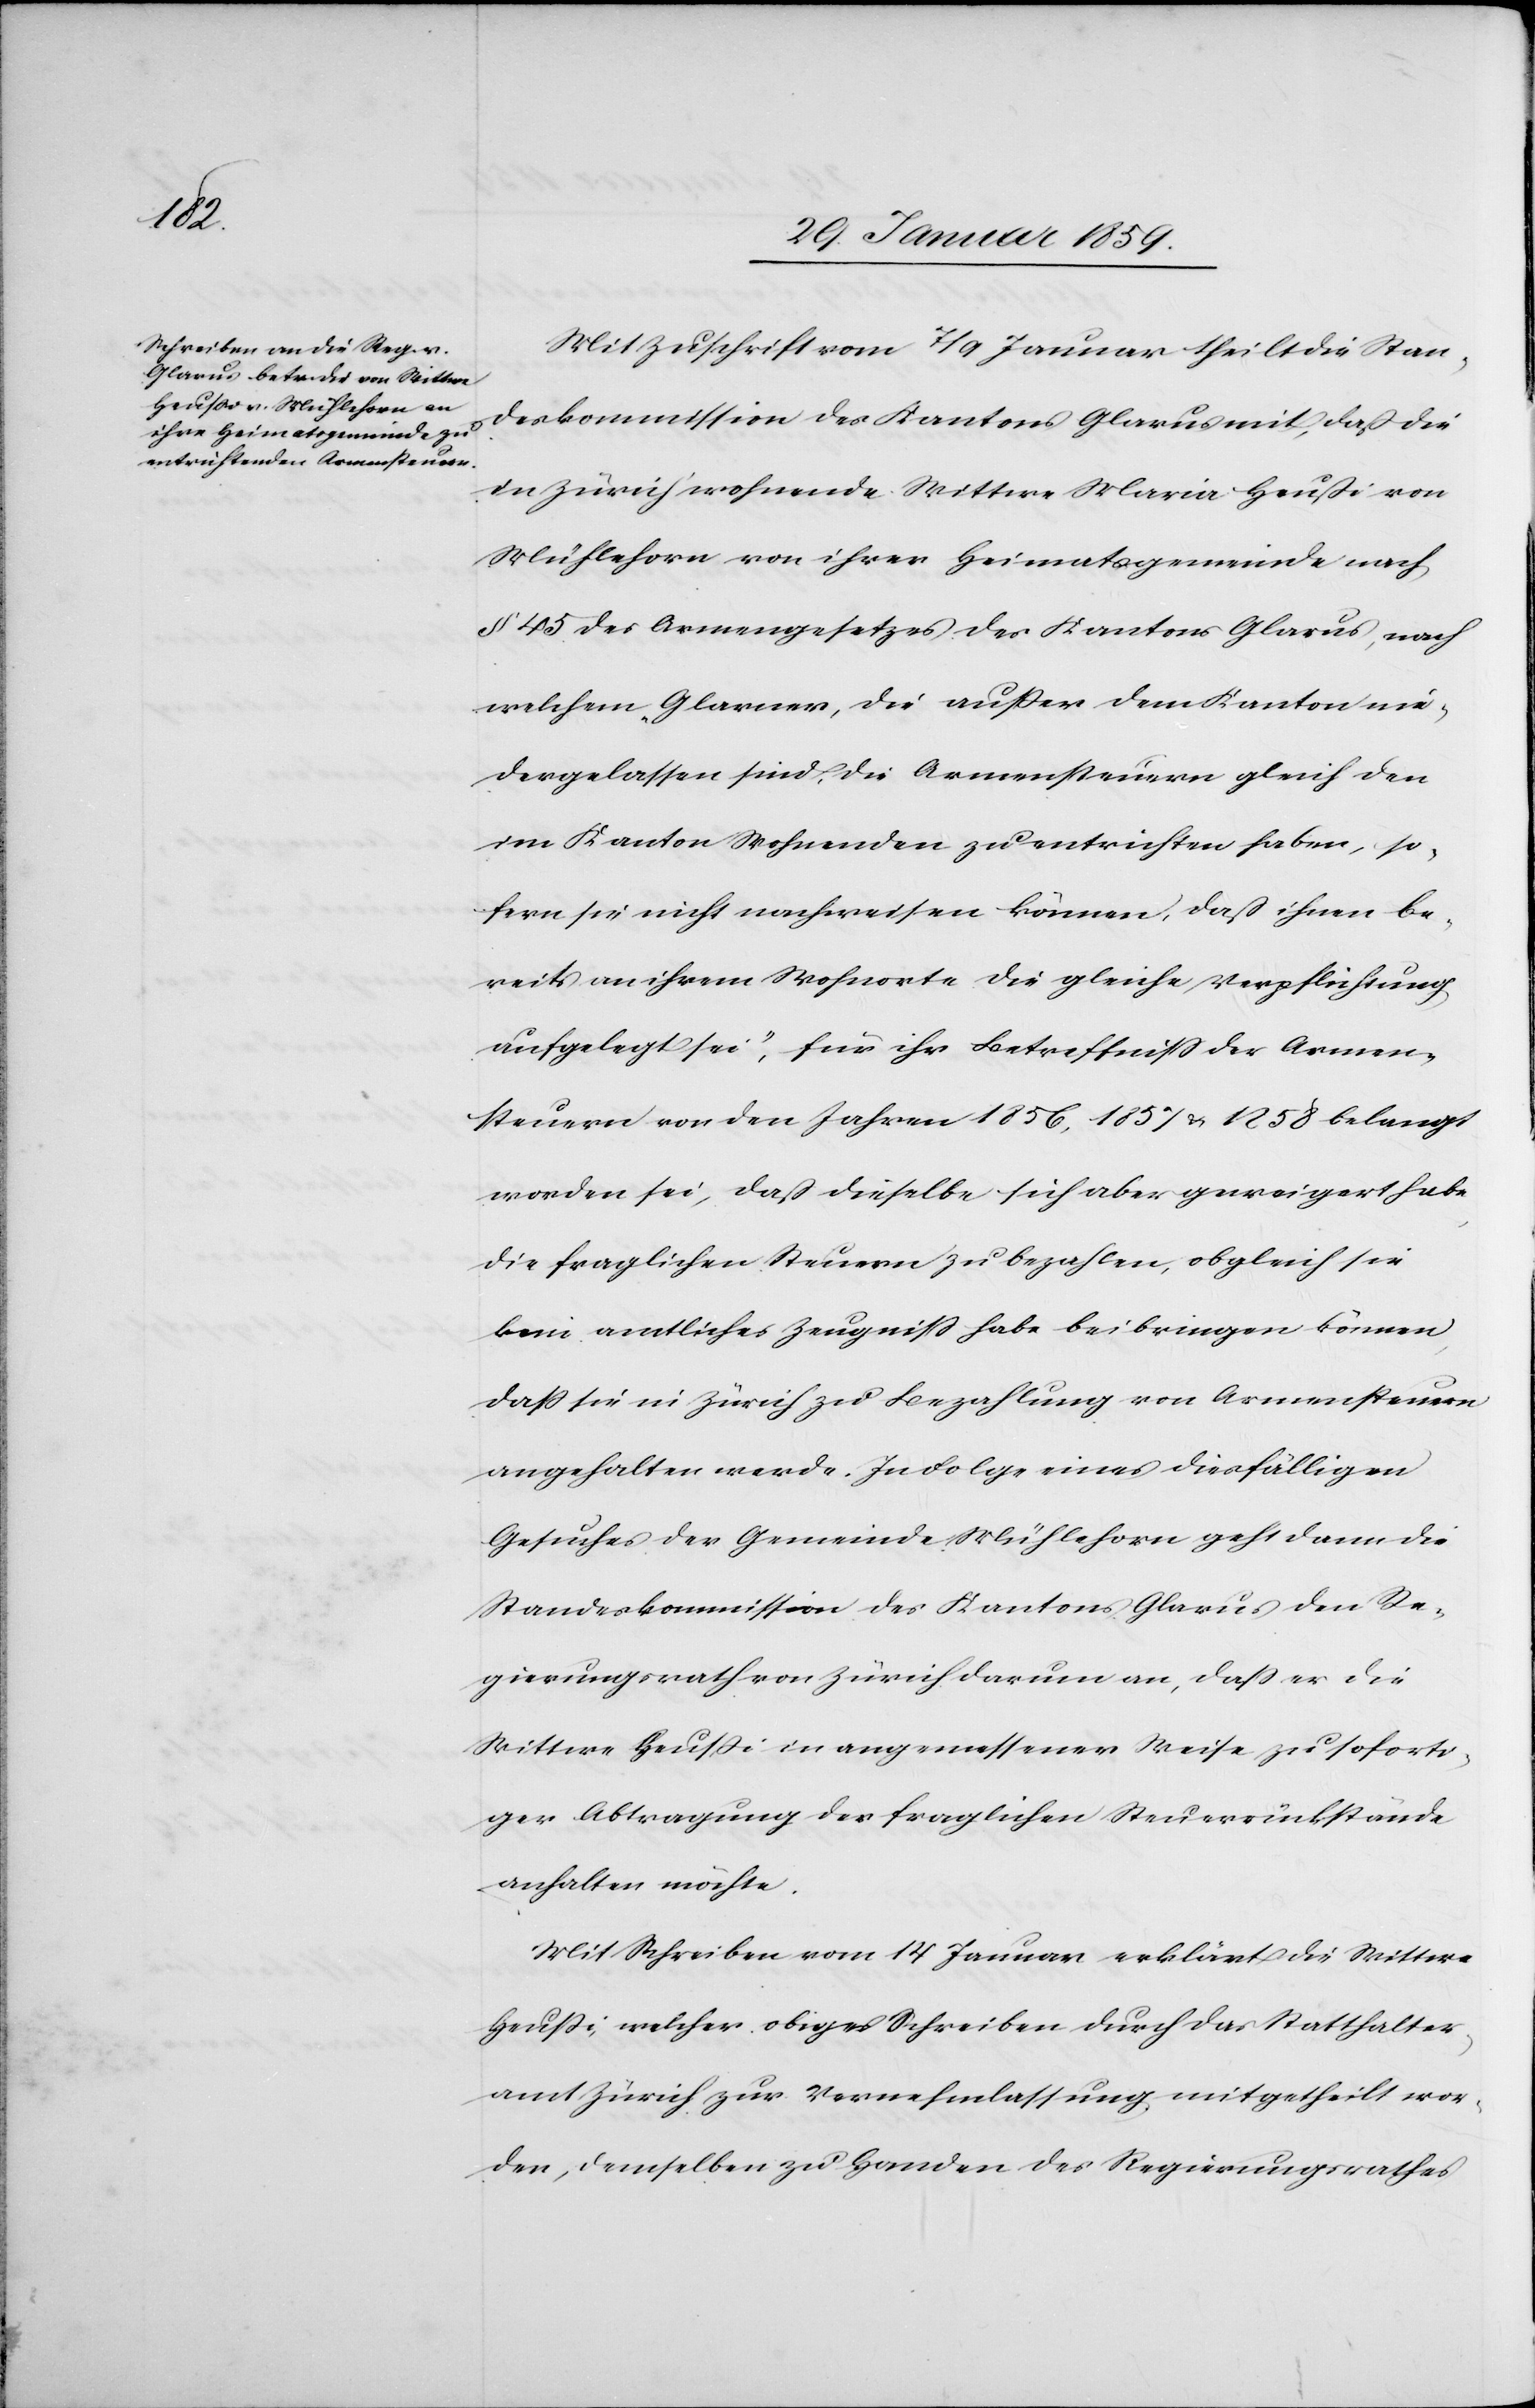
Mit Zuschrift vom 7 / 9 Januar theilt die Stan¬
deskommission des Kantons Glarus mit, daß die
in Zürich wohnende Wittwe Maria Heußi von
Mühlehorn von ihrer Heimatsgemeinde nach
§ 45 des Armengesetzes des Kantons Glarus, nach
welchem, Glarner, die außer dem Kanton nie¬
dergelassen sind, die Armensteuern gleich den
im Kanton Wohnenden zu entrichten haben, so¬
fern sie nicht nachweisen können, daß ihnen be¬
reits an ihrem Wohnorte die gleiche Verpflichtung
aufgelegt sei; für ihr Betreffniß der Armen¬
steuern von den Jahren 1856, 1857 u. 1858 belangt
worden sei, daß dieselbe sich aber geweigert habe
die fraglichen Steuern zu bezahlen, obgleich sie
kein amtliches Zeugniß habe beibringen können,
daß sie in Zürich zu Bezahlung von Armensteuern
angehalten werde. In Folge eines diesfälligen
Gesuches der Gemeinde Mühlehorn geht dann die
Standeskommission des Kantons Glarus den Re¬
gierungsrath von Zürich darum an, daß es die
Wittwe Heußi in angemessener Weise zu soforti¬
ger Abtragung der fraglichen Steuerrückstände
anhalten möchte.
Mit Schreiben vom 14 Januar erklärt die Wittwe
Heußi, welcher obiges Schreiben durch das Statthalter¬
amt Zürich zur Vernehmlassung mitgetheilt wor¬
den, demselben zu Handen des Regierungsrathes